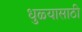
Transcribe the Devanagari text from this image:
धुळ्यासाठी